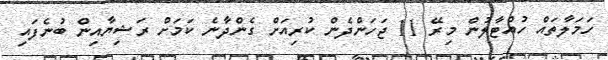
ހަމަލާތައް ހުއްޓާލުން މިރޭ 11 ޖަހަންދެން ކުރިއަށް ގެންދާނެ ކަމަށް ރަޝިޔާއިން ބުނެފައި